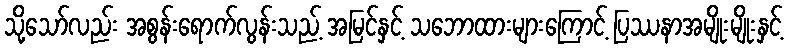
သို့သော်လည်း အစွန်းရောက်လွန်းသည့် အမြင်နှင့် သဘောထားများကြောင့် ပြဿနာအမျိုးမျိုးနှင့်